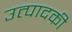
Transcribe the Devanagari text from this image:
उत्पादकी